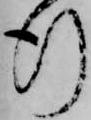
行